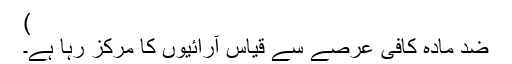
)
ضد مادّہ کافی عرصے سے قیاس آرائیوں کا مرکز رہا ہے۔